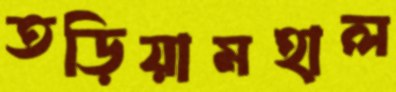
তড়িয়ামহাল